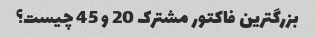
بزرگترین فاکتور مشترک 20 و 45 چیست؟